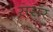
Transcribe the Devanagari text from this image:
सरार